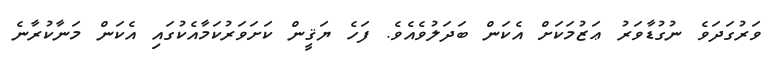
ވަރުގަދަވެ ނުގުޑާވަރު ޢަޒުމަކަށް އެކަން ބަދަލުވެއެވެ. ފަހެ ޔަޤީން ކަށަވަރުކަމާއެކުގައި އެކަން މަނާކުރާނެ